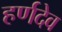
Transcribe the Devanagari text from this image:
हर्णदेव